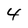
Character: 4